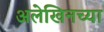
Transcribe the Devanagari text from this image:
अलेखिनच्या